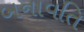
બનાવતિ